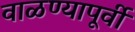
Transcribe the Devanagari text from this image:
वाळण्यापूर्वी